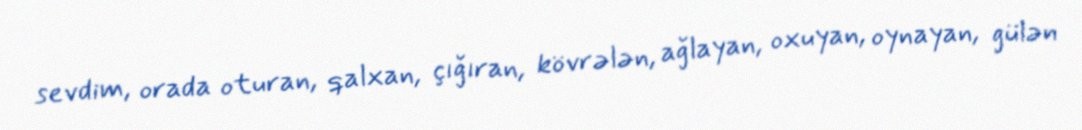
sevdim, orada oturan, qalxan, çığıran, kövrələn, ağlayan, oxuyan, oynayan, gülən